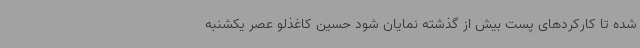
شده تا کارکردهای پست بیش از گذشته نمایان شود حسین کاغذلو عصر یکشنبه